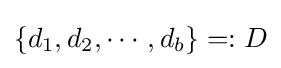
\{d_{1},d_{2},\dotsb ,d_{b}\}=:D